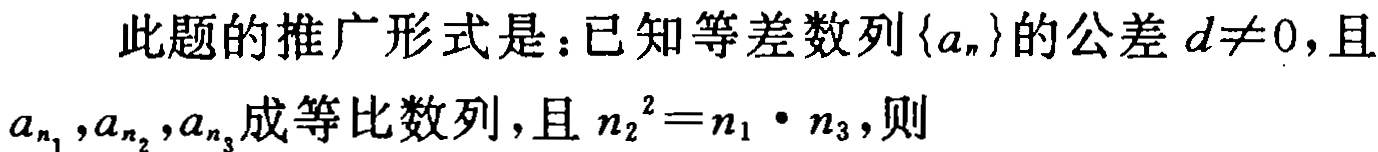
此题的推广形式是：已知等差数列\(\{a_{n}\}\)的公差\(d\neq0\)，且\(a_{n_{1}},a_{n_{2}},a_{n_{3}}\)成等比数列，且\(n_{2}^{2}=n_{1}\cdot n_{3}\)，则